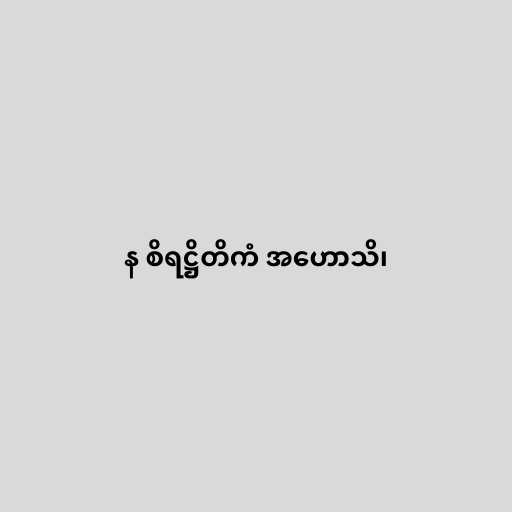
န စိရဋ္ဌိတိကံ အဟောသိ၊